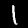
Digit: 1